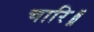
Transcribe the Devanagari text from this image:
चारि॥